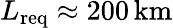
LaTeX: L_{\mathrm{req}}\approx 200\, \mathrm{km}